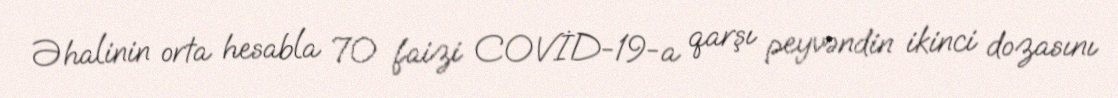
Əhalinin orta hesabla 70 faizi COVİD-19-a qarşı peyvəndin ikinci dozasını